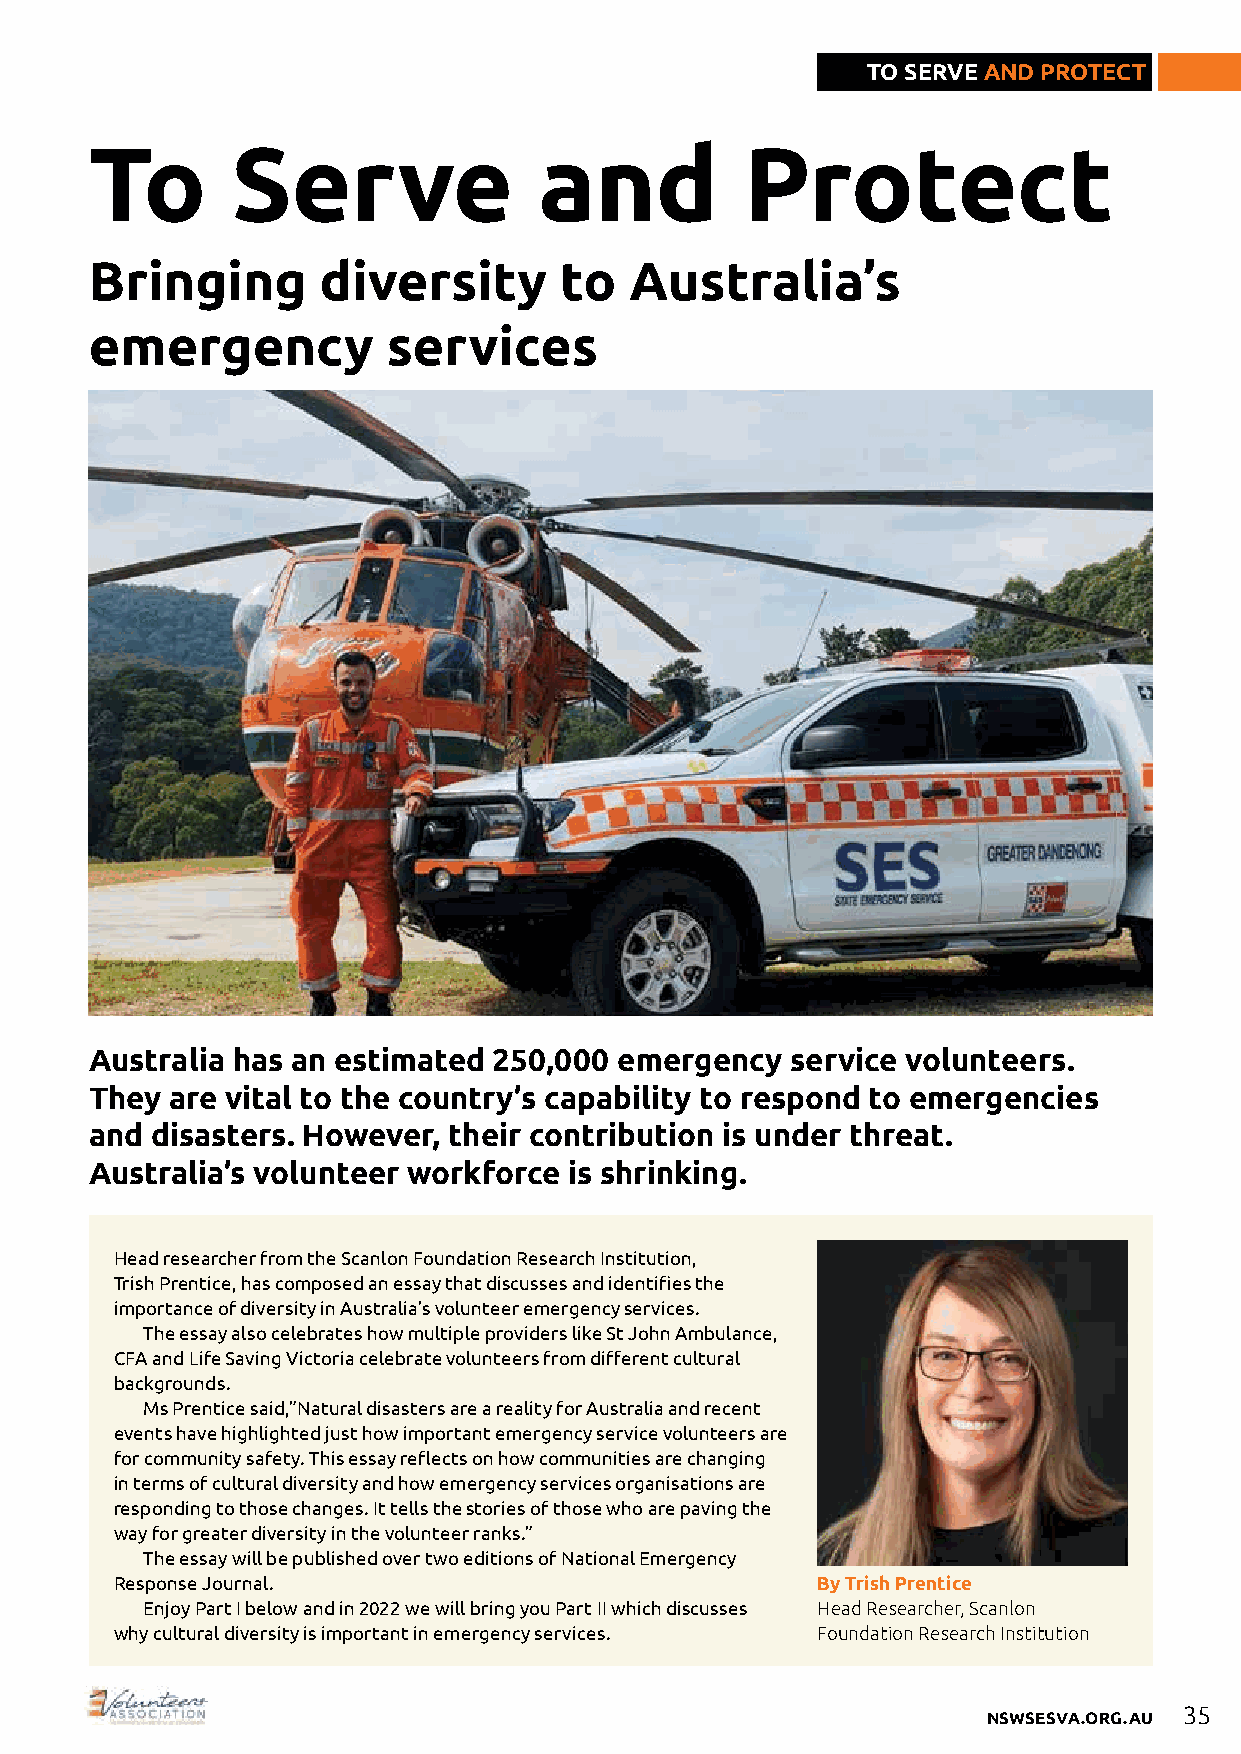
TO SERVE AND PROTECT
 To       Serve                and          Protect
 Bringing       diversity       to   Australia’s
 emergency           services
 Australia has an estimated 250,000 emergency  service volunteers.
 They are vital to the country’s capability to respond to emergencies
 and disasters. However, their contribution is under threat.
 Australia’s volunteer workforce is shrinking.
 Head researcher from the Scanlon Foundation Research Institution,
 Trish Prentice, has composed an essay that discusses and identifies the
 importance of diversity in Australia’s volunteer emergency services.
 The essay also celebrates how multiple providers like St John Ambulance,
 CFA and Life Saving Victoria celebrate volunteers from different cultural
 backgrounds.
 Ms Prentice said,”Natural disasters are a reality for Australia and recent
 events have highlighted just how important emergency service volunteers are
 for community safety. This essay reflects on how communities are changing
 in terms of cultural diversity and how emergency services organisations are
 responding to those changes. It tells the stories of those who are paving the
 way for greater diversity in the volunteer ranks.”
 The essay will be published over two editions of National Emergency
 Response Journal.                             By Trish Prentice
 Enjoy Part I below and in 2022 we will bring you Part II which discusses Head Researcher, Scanlon
 why cultural diversity is important in emergency services. Foundation Research Institution
 35
 NSWSESVA.ORG.AU